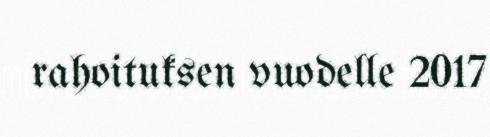
rahoituksen vuodelle 2017